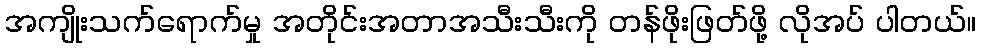
အကျိုးသက်ရောက်မှု အတိုင်းအတာအသီးသီးကို တန်ဖိုးဖြတ်ဖို့ လိုအပ် ပါတယ်။